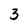
Character: 3